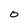
Character: o